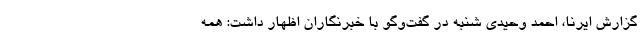
گزارش ایرنا، احمد وحیدی شنبه در گفت‌وگو با خبرنگاران اظهار داشت: همه